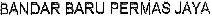
BANDAR BARU PERMAS JAYA